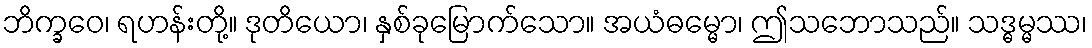
ဘိက္ခဝေ၊ ရဟန်းတို့။ ဒုတိယော၊ နှစ်ခုမြောက်သော။ အယံဓမ္မော၊ ဤသဘောသည်။ သဒ္ဓမ္မဿ၊